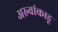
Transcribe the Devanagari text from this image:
अरुवांकाडू